Cholera in southern India
Disease focus: Cholera
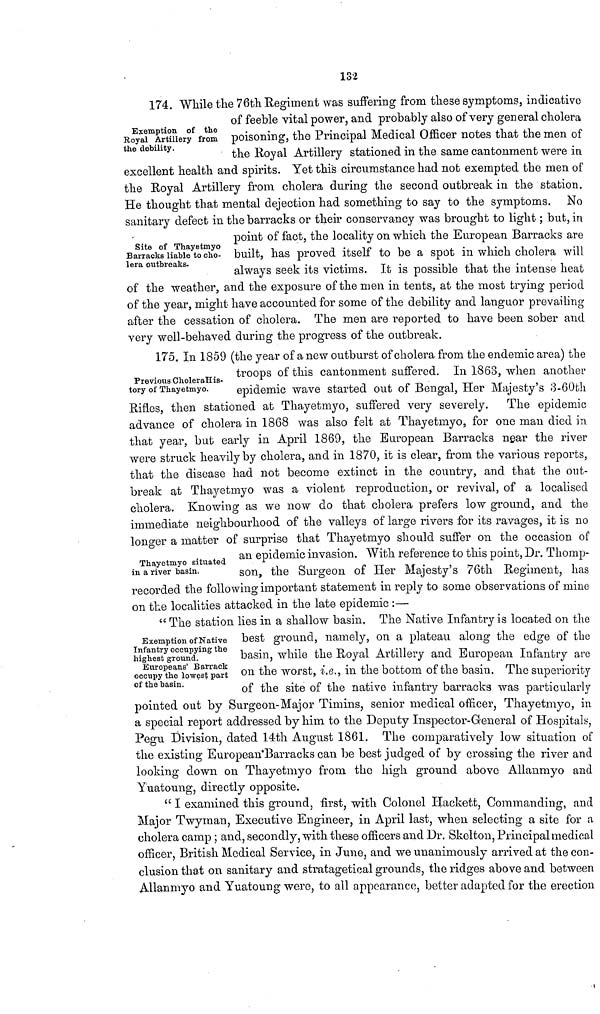
132
Exemption of the
Royal Artillery from
the debility.
174. While the 76th Regiment was suffering from these symptoms, indicative
of feeble vital power, and probably also of very general cholera
poisoning, the Principal Medical Officer notes that the men of
the Royal Artillery stationed in the same cantonment were in
excellent health and spirits. Yet this circumstance had not exempted the men of
the Royal Artillery from cholera during the second outbreak in the station.
He thought that mental dejection had something to say to the symptoms. No
sanitary defect in the barracks or their conservancy was brought to light ; but, in
Site of Thayetmyo
Barracks liable to cho-
lera outbreaks.
point of fact, the locality on which the European Barracks are
built, has proved itself to be a spot in which cholera will
always seek its victims. It is possible that the intense heat
of the weather, and the exposure of the men in tents, at the most trying period
of the year, might have accounted for some of the debility and languor prevailing
after the cessation of cholera. The men are reported to have been sober and
very well-behaved during the progress of the outbreak.
Previous CholeraHis-
tory of Thayetmyo.
175. In 1859 (the year of a new outburst of cholera from the endemic area) the
troops of this cantonment suffered. In 1863, when another
epidemic wave started out of Bengal, Her Majesty's 3-60 th
Rifles, then stationed at Thayetmyo, suffered very severely. The epidemic
advance of cholera in 1868 was also felt at Thayetmyo, for one man died in
that year, but early in April 1869, the European Barracks near the river
were struck heavily by cholera, and in 1870, it is clear, from the various reports,
that the disease had not become extinct in the country, and that the out-
break at Thayetmyo was a violent reproduction, or revival, of a localised
cholera. Knowing as we now do that cholera prefers low ground, and the
immediate neighbourhood of the valleys of large rivers for its ravages, it is no
longer a matter of surprise that Thayetmyo should suffer on the occasion of
Thayetmyo situated
in a river basin.
an epidemic invasion. With reference to tins point, Dr. Thomp-
son, the Surgeon of Her Majesty's 76th Regiment, has
recorded the following important statement in reply to some observations of mine
on the localities attacked in the late epidemic :—
Exemption of Native
Infantry occupying the
highest ground.
Europeans' Barrack
occupy the lowest part
of the basin.
" The station lies m a shallow basin, The .Native Infantry is located on the
best ground, namely, on a plateau along the edge of the
basin, while the Royal Artillery and European Infantry are
on the worst, i.e., in the bottom of the basin. The superiority
of the site of the native infantry barracks was particularly
pointed out by Surgeon-Major Timins, senior medical officer, Thayetmyo, in
a special report addressed by him to the Deputy Inspector-General of Hospitals,
Pegu Division, dated 14th August 1861. The comparatively low situation of
the existing European Barracks can be best judged of by crossing the river and
looking down on Thayetmyo from the high ground above Allanmyo and
Yuatoung, directly opposite.
" I examined this ground, first, with Colonel Hackett, Commanding, and
Major Twyman, Executive Engineer, in April last, when selecting a site for a
cholera camp ; and, secondly, with these officers and Dr. Skelton, Principal medical
officer, British Medical Service, in June, and we unanimously arrived at the con-
clusion that on sanitary and stratagetical grounds, the ridges above and between
Allanmyo and Yuatoung were, to all appearance, better adapted for the erection